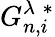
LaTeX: G_{n,i}^{\lambda\; *}